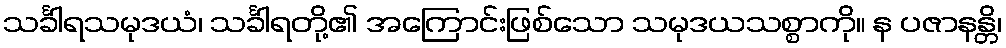
သင်္ခါရသမုဒယံ၊ သင်္ခါရတို့၏ အကြောင်းဖြစ်သော သမုဒယသစ္စာကို။ န ပဇာနန္တိ၊